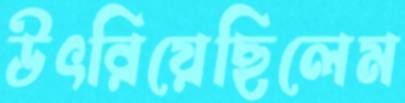
উৎরিয়েছিলেম